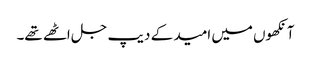
آنکھوں میں امید کے دیپ جل اٹھے تھے۔